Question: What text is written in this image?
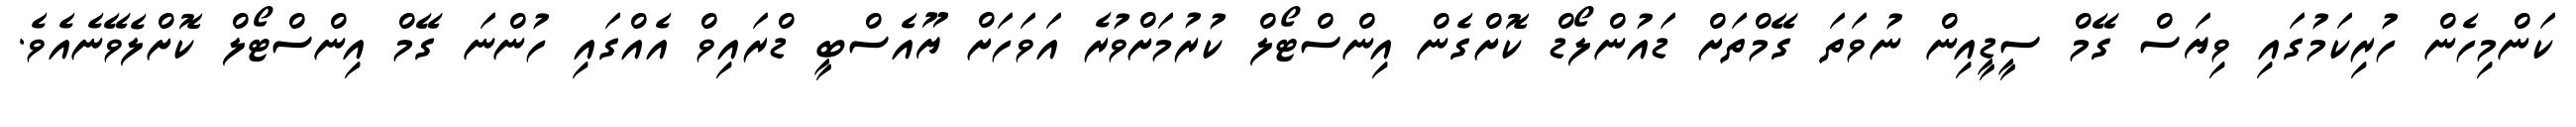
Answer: ކަންމިހެން ހުރިކަމުގައި ވިޔަސް ގޭމް ސީޑީއިން ނުވަތަ ގޭމްތަށް ޑައުންލޯޑް ކޮށްގެން އިންސްޓޯލް ކުރުމަށްވުރެ އަވަހަށް ޔޫއެސްބީ ޑްރައިވް އެއްގައި ހުންނަ ގޭމް އިންސްޓޯލް ކޮށްލެވޭނެއެވެ.